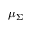
\mu _ { \Sigma }